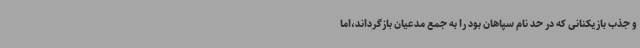
و جذب بازیکنانی که در حد نام سپاهان بود را به جمع مدعیان بازگرداند،اما